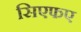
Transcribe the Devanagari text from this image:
सिएफए